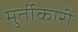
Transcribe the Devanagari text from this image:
मुर्तीकारी